Lunatic asylums United Provinces 1909-1921 - 1909-1921
Year: 1909
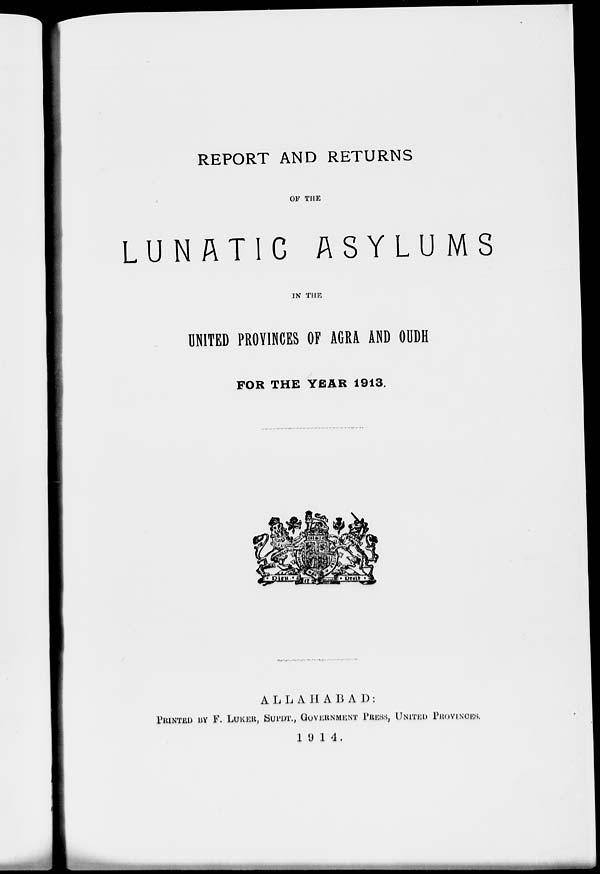
REPORT AND RETURNS
OV THE
LUNATIC ASYLUMS
IN THE
DNITED PROVINCES OF AGRA AND OODH
FOR THE YEAR 1913.
ALLAHABAD;
PMMTBP B¥ F. LUKEH, Sui'DT., GOVERNMENT PUESS, UNITED PaOYINOBS.
1 Q 1 4 .